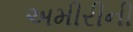
અમીરીની